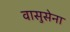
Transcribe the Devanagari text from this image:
वासुसेना